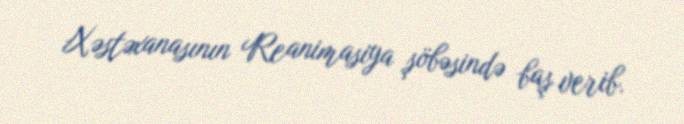
Xəstəxanasının Reanimasiya şöbəsində baş verib.